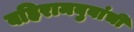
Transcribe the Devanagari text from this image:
बहिरामबुवांची